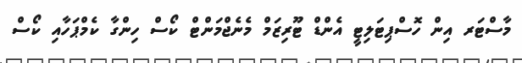
މާސްޓަރ އިން ހޮސްޕިޓަލިޓީ އެންޑް ޓޫރިޒަމް މެނެޖްމަންޓް ކޯސް ހިންގާ ކެމްޕަހާއި ކޯސް